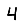
Digit: 4